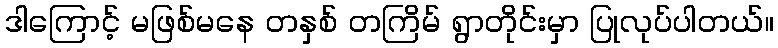
ဒါကြောင့် မဖြစ်မနေ တနှစ် တကြိမ် ရွာတိုင်းမှာ ပြုလုပ်ပါတယ်။